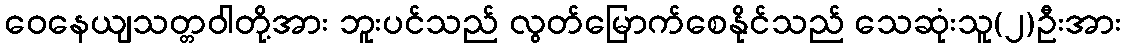
ဝေနေယျသတ္တဝါတို့အား ဘူးပင်သည် လွတ်မြောက်စေနိုင်သည် သေဆုံးသူ(၂)ဦးအား